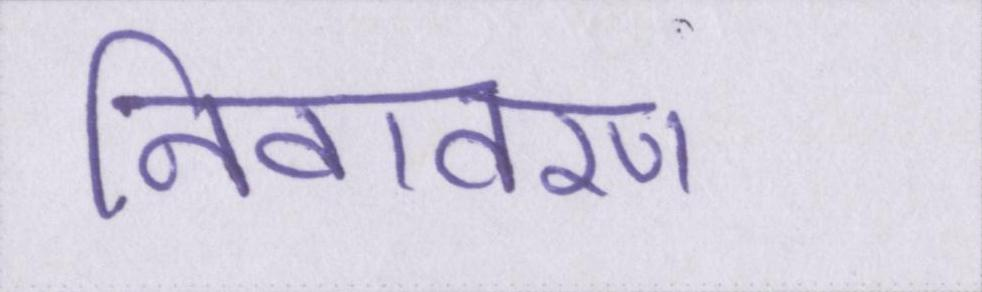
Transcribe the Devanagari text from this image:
निवावरण